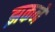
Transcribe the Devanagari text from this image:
झकने